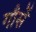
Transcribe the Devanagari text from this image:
गौसें